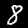
Digit: 8